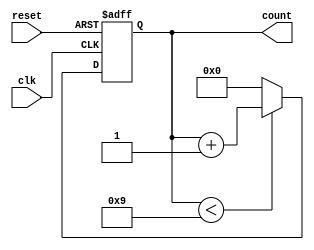
module bcd_counter (
    input wire clk,          // Clock input
    input wire reset,        // Asynchronous reset input
    output reg [3:0] count   // 4-bit BCD output
);

    // Always block triggered on the rising edge of clk or asynchronous reset
    always @(posedge clk or posedge reset) begin
        if (reset) begin
            // If reset is high, set count to 0
            count <= 4'b0000;
        end else begin
            // Increment count, but reset to 0 if it exceeds 9
            if (count < 4'b1001) begin
                count <= count + 1;
            end else begin
                count <= 4'b0000;  // Reset to 0 if count is 10 (1010)
            end
        end
    end

endmodule